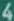
4